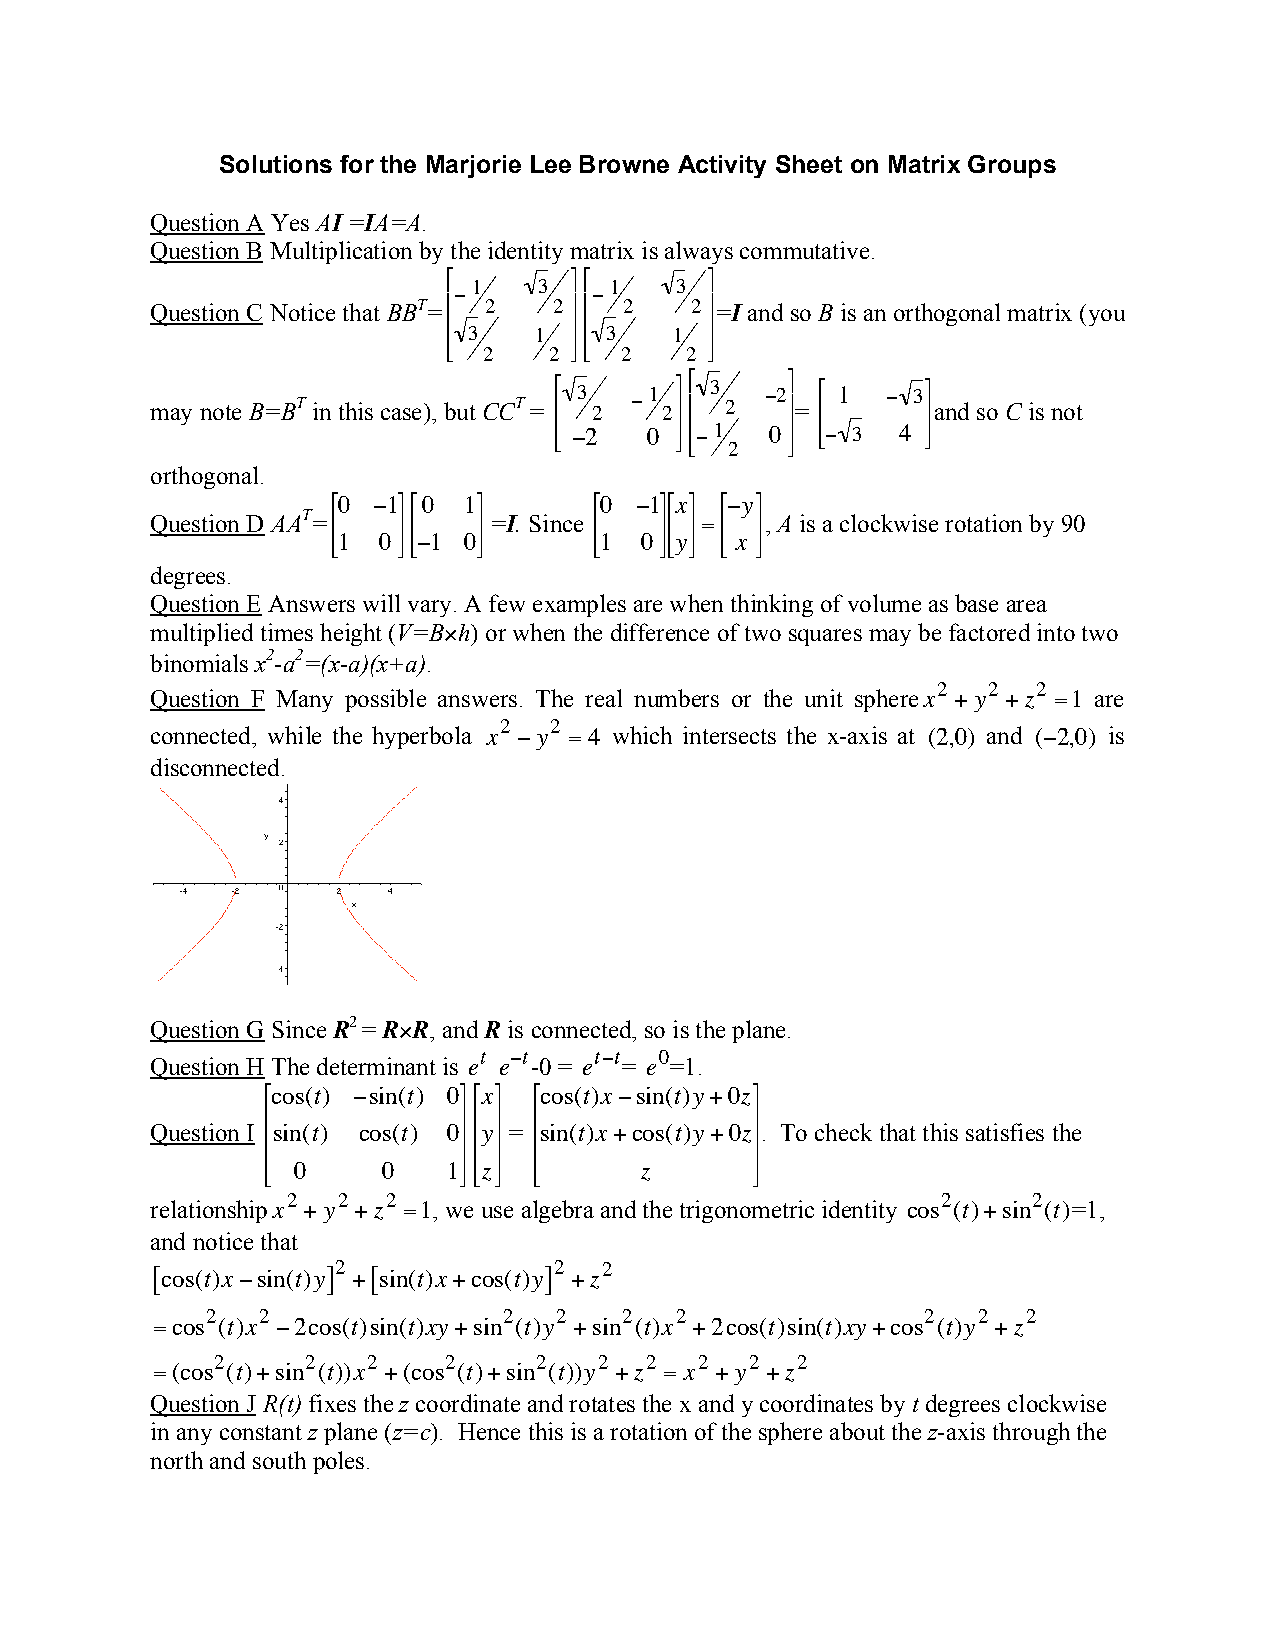
Solutions for the Marjorie Lee Browne Activity Sheet on Matrix Groups
 Question A Yes AI =IA=A.
 Question B Multiplication by the identity matrix is always commutative.
 #        & #      &
 1    3   1    3
 "        "
 Question C Notice that BBT=% 2 2( % 2 2( =I and so B is an orthogonal matrix (you
 % 3   1  ( % 3  1 (
 $  2   2 ’ $ 2  2 ’
 may note B=BT in this case), but CCT = # % 3 2 " 1 2& ( # % 3 2 "2& (= # % 1 " 3& ( and so C is not
 $% "2 0 ’( $% " 1
 2
 0 ’( $" 3 4 ’
 !        !
 orthogonal.
 #0 "1& # 0 1&    #0 "1&# x& #" y&
 Question D AAT=% ( % ( =I. Since % (% ( =% ( , A is a clockwise rotation by 90
 $1 0’ $" 1 !0 ’  !$1 0’$ y’ !$ x ’
 degrees.
 Question E Answers will vary. A few examples are when thinking of volume as base area
 multiplied times height (V=B×h) or when the difference of two squares may be factored into two
 binomia!
 ls
 x2-a2=!
 ( x-a)(x+a).
 !
 2  2   2
 Question F Many possible answers. The real numbers or the unit spherex + y +z =1 are
 2  2
 connected, while the hyperbola x "y =4 which intersects the x-axis at (2,0) and ("2,0) is
 disconnected.
 !
 !                             !      !
 Question G Since R2 = R×R, and R is connected, so is the plane.
 t "t   t"t  0
 Question H The determinant is e e -0 = e = e =1.
 #c os(t) "sin(t) 0& " x% #c os(t)x"sin(t)y+0z&
 %            ( $ ’ %             (
 Question I sin(t) cos(t) 0 y = sin(t)x+cos(t)y+0z . To check that this satisfies the
 %            ( $ ’ %             (
 $% 0   !0 !  1’( #$! z&’ $% ! z  ’(
 2  2   2                                   2     2
 relationshipx + y +z =1, we use algebra and the trigonometric identity cos (t)+sin (t)=1,
 and notice that
 2              2  2
 [!co s(t)x"sin(t)y] +![s in(t)!x +cos(t)y] +z
 =!
 co
 s2 (t)x2 "2cos(t)sin(t)xy+sin2 (t)y2 +sin2 (t)x2 +2cos(t)si!
 n(
 t)xy+cos2 (t)y2 +z2
 2     2   2    2     2    2  2  2   2  2
 =(cos (t)+sin (t))x +(cos (t)+sin (t))y +z = x + y +z
 Question J R(t) fixes the z coordinate and rotates the x and y coordinates by t degrees clockwise
 in any constant z plane (z=c). Hence this is a rotation of the sphere about the z-axis through the
 north and south poles.
 !